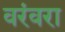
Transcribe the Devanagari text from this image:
वरंवरा